system: You are a helpful assistant.
user:
Analyze the provided spectrum to determine if it is a **M-type Giant (gM)**.

A M-type Giant spectrum is defined by its **strong molecular absorption** features, particularly from **Titanium Oxide (TiO)**. You must check for one of the following mutually exclusive signatures:

- **Key Visual Indicators (Absorption-Dominated Spectrum):**

    - **(Primary):** The spectrum is dominated by strong molecular absorption from **Titanium Oxide (TiO)**. This is the **defining feature** of its M-type temperature class.
        - **(Key Bandheads):** Look for sharp, "saw-tooth" absorption valleys. The strongest are located near **~7050 Å**, **~6160 Å**, and **~5170 Å**.
        - **(Line Profile):** The "saw-tooth" morphology is critical: a **sharp, steep drop on the BLUE (short-wavelength) side** of the bandhead, followed by a gradual recovery (rising flux) towards the RED (long-wavelength) side.

    - **(Key Confirmation - Giant vs. Dwarf):** **ABSENCE** of strong **Calcium Hydride (CaH)** molecular bands. This is the primary diagnostic for *excluding* M-dwarfs.
        - **(Key Region):** The spectrum should lack the strong, broad absorption band seen in dwarfs between **~6800 Å and ~7000 Å**.

    - **(Secondary Confirmation - Giant):** A very strong and broad **Neutral Calcium (Ca I)** atomic absorption line.
        - **(Key Line):** Located at **~4226 Å**. In a giant (gM), this line is significantly deeper and broader than the same line in an M-dwarf (dM) due to low surface gravity.

    - **(Overall Spectrum):**
        - The continuum is **extremely red-sloping** (i.e., flux is very low in the blue and rises dramatically towards the red).
        - The entire spectrum appears "chopped up" by the deep TiO bands.

Think first, call **spectral_visualization_tool** if needed to examine features in detail, then provide your final answer. Your response must adhere to the following strict rules:
1.  **Overall Structure:** Your response must follow the format `<think>...</think> <tool_call>...</tool_call> (if a tool is used) <answer>...</answer>`.
2.  **Tool Usage Constraint:** You may only make **one** tool call per turn.
3.  **Final Answer Format:** In the `<answer>` tag, your conclusion must be inside a `\boxed{}` command (e.g., `\boxed{YES}` or `\boxed{NO}`), followed by your justification.

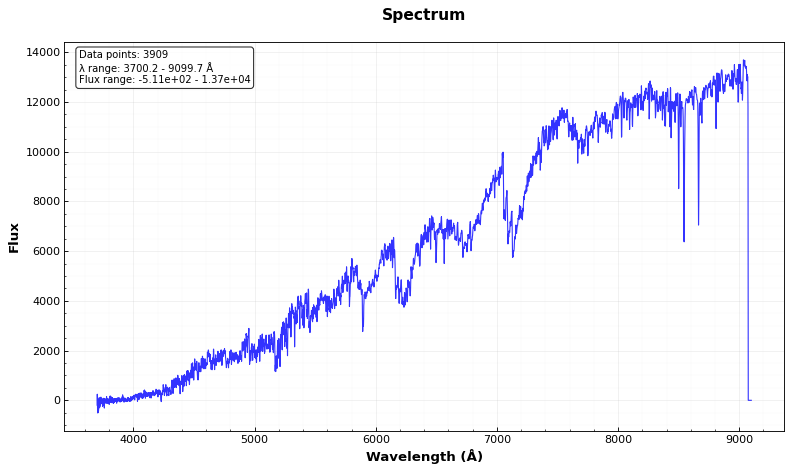
Answer: YES